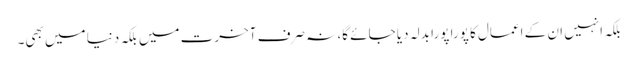
بلکہ انہیں ان کے اعمال کا پورا پورا بدلہ دیا جائے گا، نہ صرف آخرت میں بلکہ دنیا میں بھی۔